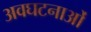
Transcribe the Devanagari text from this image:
अवघटनाओं